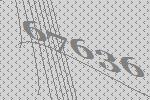
67636